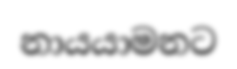
නායයාමනට